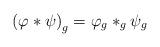
LaTeX: \begin{align*}\left( \varphi *\psi \right) _g=\varphi _g*_g\psi _g\end{align*}